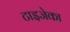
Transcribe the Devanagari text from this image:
टाइजेका